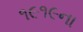
૧૯૧૯ના